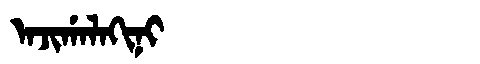
Manchu: ᠠᠵᡳᡤᠠᠯᠠᡴᡳᠨᡳ
Romanization: AJIGALAKINI